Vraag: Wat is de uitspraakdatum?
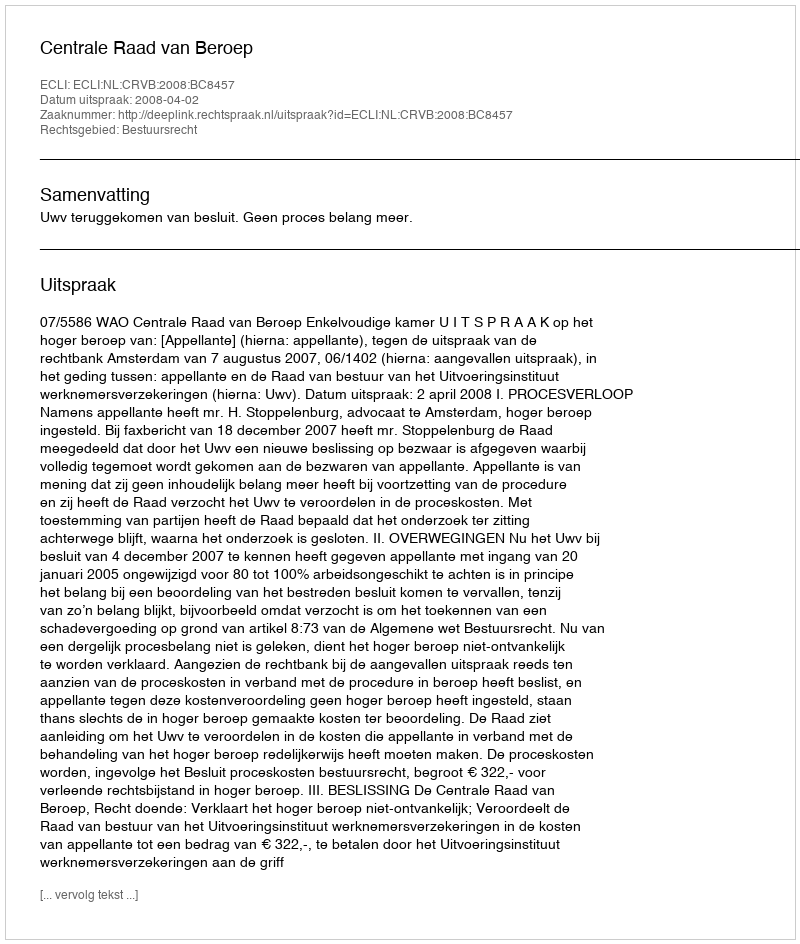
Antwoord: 2008-04-02